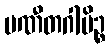
ပဏီတဂါမိဉ္စ